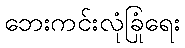
ဘေးကင်းလုံခြုံရေး